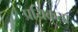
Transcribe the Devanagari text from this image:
प्रयिकता